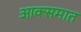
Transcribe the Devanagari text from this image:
आक्समात